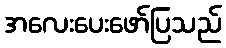
အလေးပေးဖော်ပြသည်